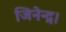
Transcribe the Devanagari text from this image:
जिनेन्द्र।